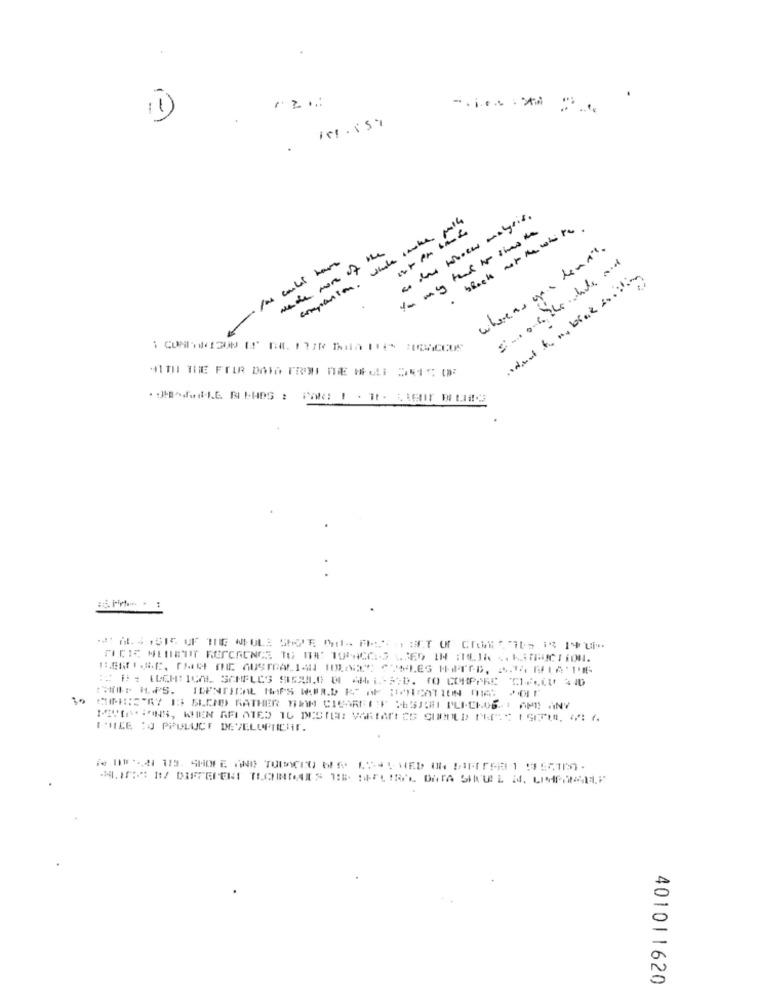
-...... .
expansion , whale smoke falls
a day whenwe malysis.
whereas ys denn's.
----
made more of in
radiant to a. brak socilig
MINISTRY IS BLEND RATHER TAN CIGARELIT RESICHI PLECHOSI AP ANY
IMNICE :J PPULUCT DEVELOPNICHT.
DI4 12 SHORE AND TURNTO BE ASSURED ON DIFFERENT FFECTIST -
401011620